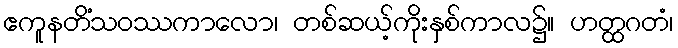
ဧကူနတိံသဝဿကာလော၊ တစ်ဆယ့်ကိုးနှစ်ကာလ၌။ ဟတ္ထဂတံ၊